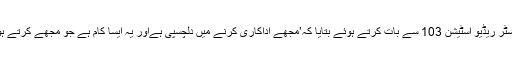
زین ملک نے منچسٹر ریڈیو اسٹیشن 103 سے بات کرتے ہوئے بتایا کہ’مجھے اداکاری کرنے میں دلچسپی ہےاور یہ ایسا کام ہے جو مجھے کرتے ہوئے اچھا لگتا ہے۔